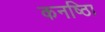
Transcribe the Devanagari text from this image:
कनष्ठाि